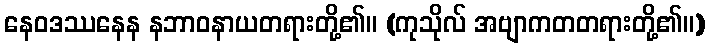
နေဝဒဿနေန နဘာဝနာယတရားတို့၏။ (ကုသိုလ် အဗျာကတတရားတို့၏။)